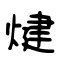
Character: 煡